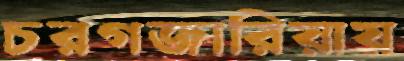
চরগজারিয়ায়